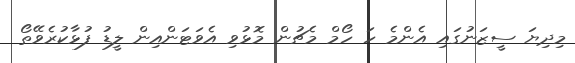
މިދިޔަ ސީޒަނުގައި އެންމެ ހަ ހޯމް މެޗުން މޮޅުވި އެވަޓަންއިން ލީޑު ފުޅާކުރެވޭތޯ